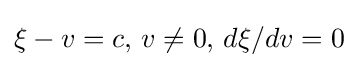
\xi -v=c,\,v\neq 0,\,d\xi /dv=0